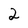
Character: 2